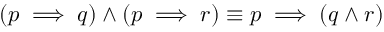
( p \implies q ) \wedge ( p \implies r ) \equiv p \implies ( q \wedge r )